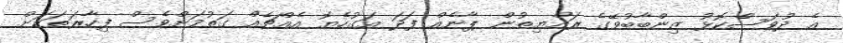
އެ ދުވަސްކޮޅު ޒިންބާބުވޭގެ ރައްޔިތުން ޕާނެއް ފަދަ އަގުހެޔޮ އެއްޗެއް ގަތުމަށްވެސް ފިހާރަތަކަށް